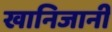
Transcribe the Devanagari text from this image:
खानिजानी